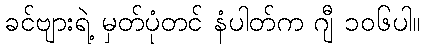
ခင်ဗျားရဲ့ မှတ်ပုံတင် နံပါတ်က ဂျီ ၁၀၆ပါ။